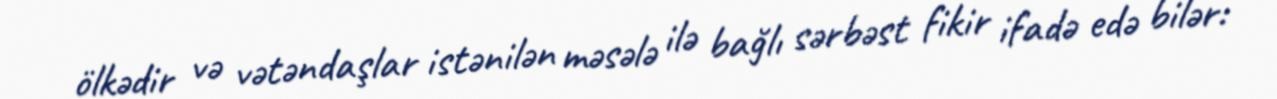
ölkədir və vətəndaşlar istənilən məsələ ilə bağlı sərbəst fikir ifadə edə bilər: